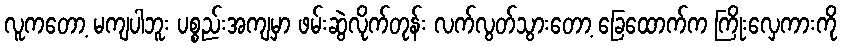
လူကတော့ မကျပါဘူး ပစ္စည်းအကျမှာ ဖမ်းဆွဲလိုက်တုန်း လက်လွတ်သွားတော့ ခြေထောက်က ကြိုးလှေကားကို